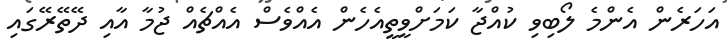
އަހަރެން އެންމެ ލޯބިވި ކުއްޖާ ކަމަށްވީތީއެހެން އެއްވެސް އެއްޗެއް ޖުމާ އާއި ދޭތޭރޭގައި